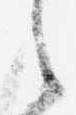
之